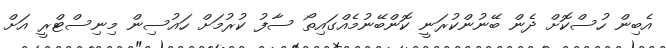
އެބިން ހުސްކޮށް ދެން ބޭނުންކުރަނީ ކޮންބޭނުމެއްގައިތޯ ސާފު ކުރުމަށް ހައުސިން މިނިސްޓްރީ އަށް